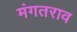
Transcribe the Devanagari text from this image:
मंगतराव